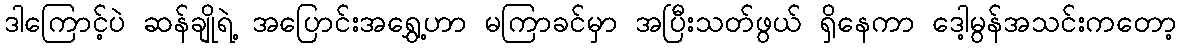
ဒါကြောင့်ပဲ ဆန်ချိုရဲ့ အပြောင်းအရွှေ့ဟာ မကြာခင်မှာ အပြီးသတ်ဖွယ် ရှိနေကာ ဒေါ့မွန်အသင်းကတော့